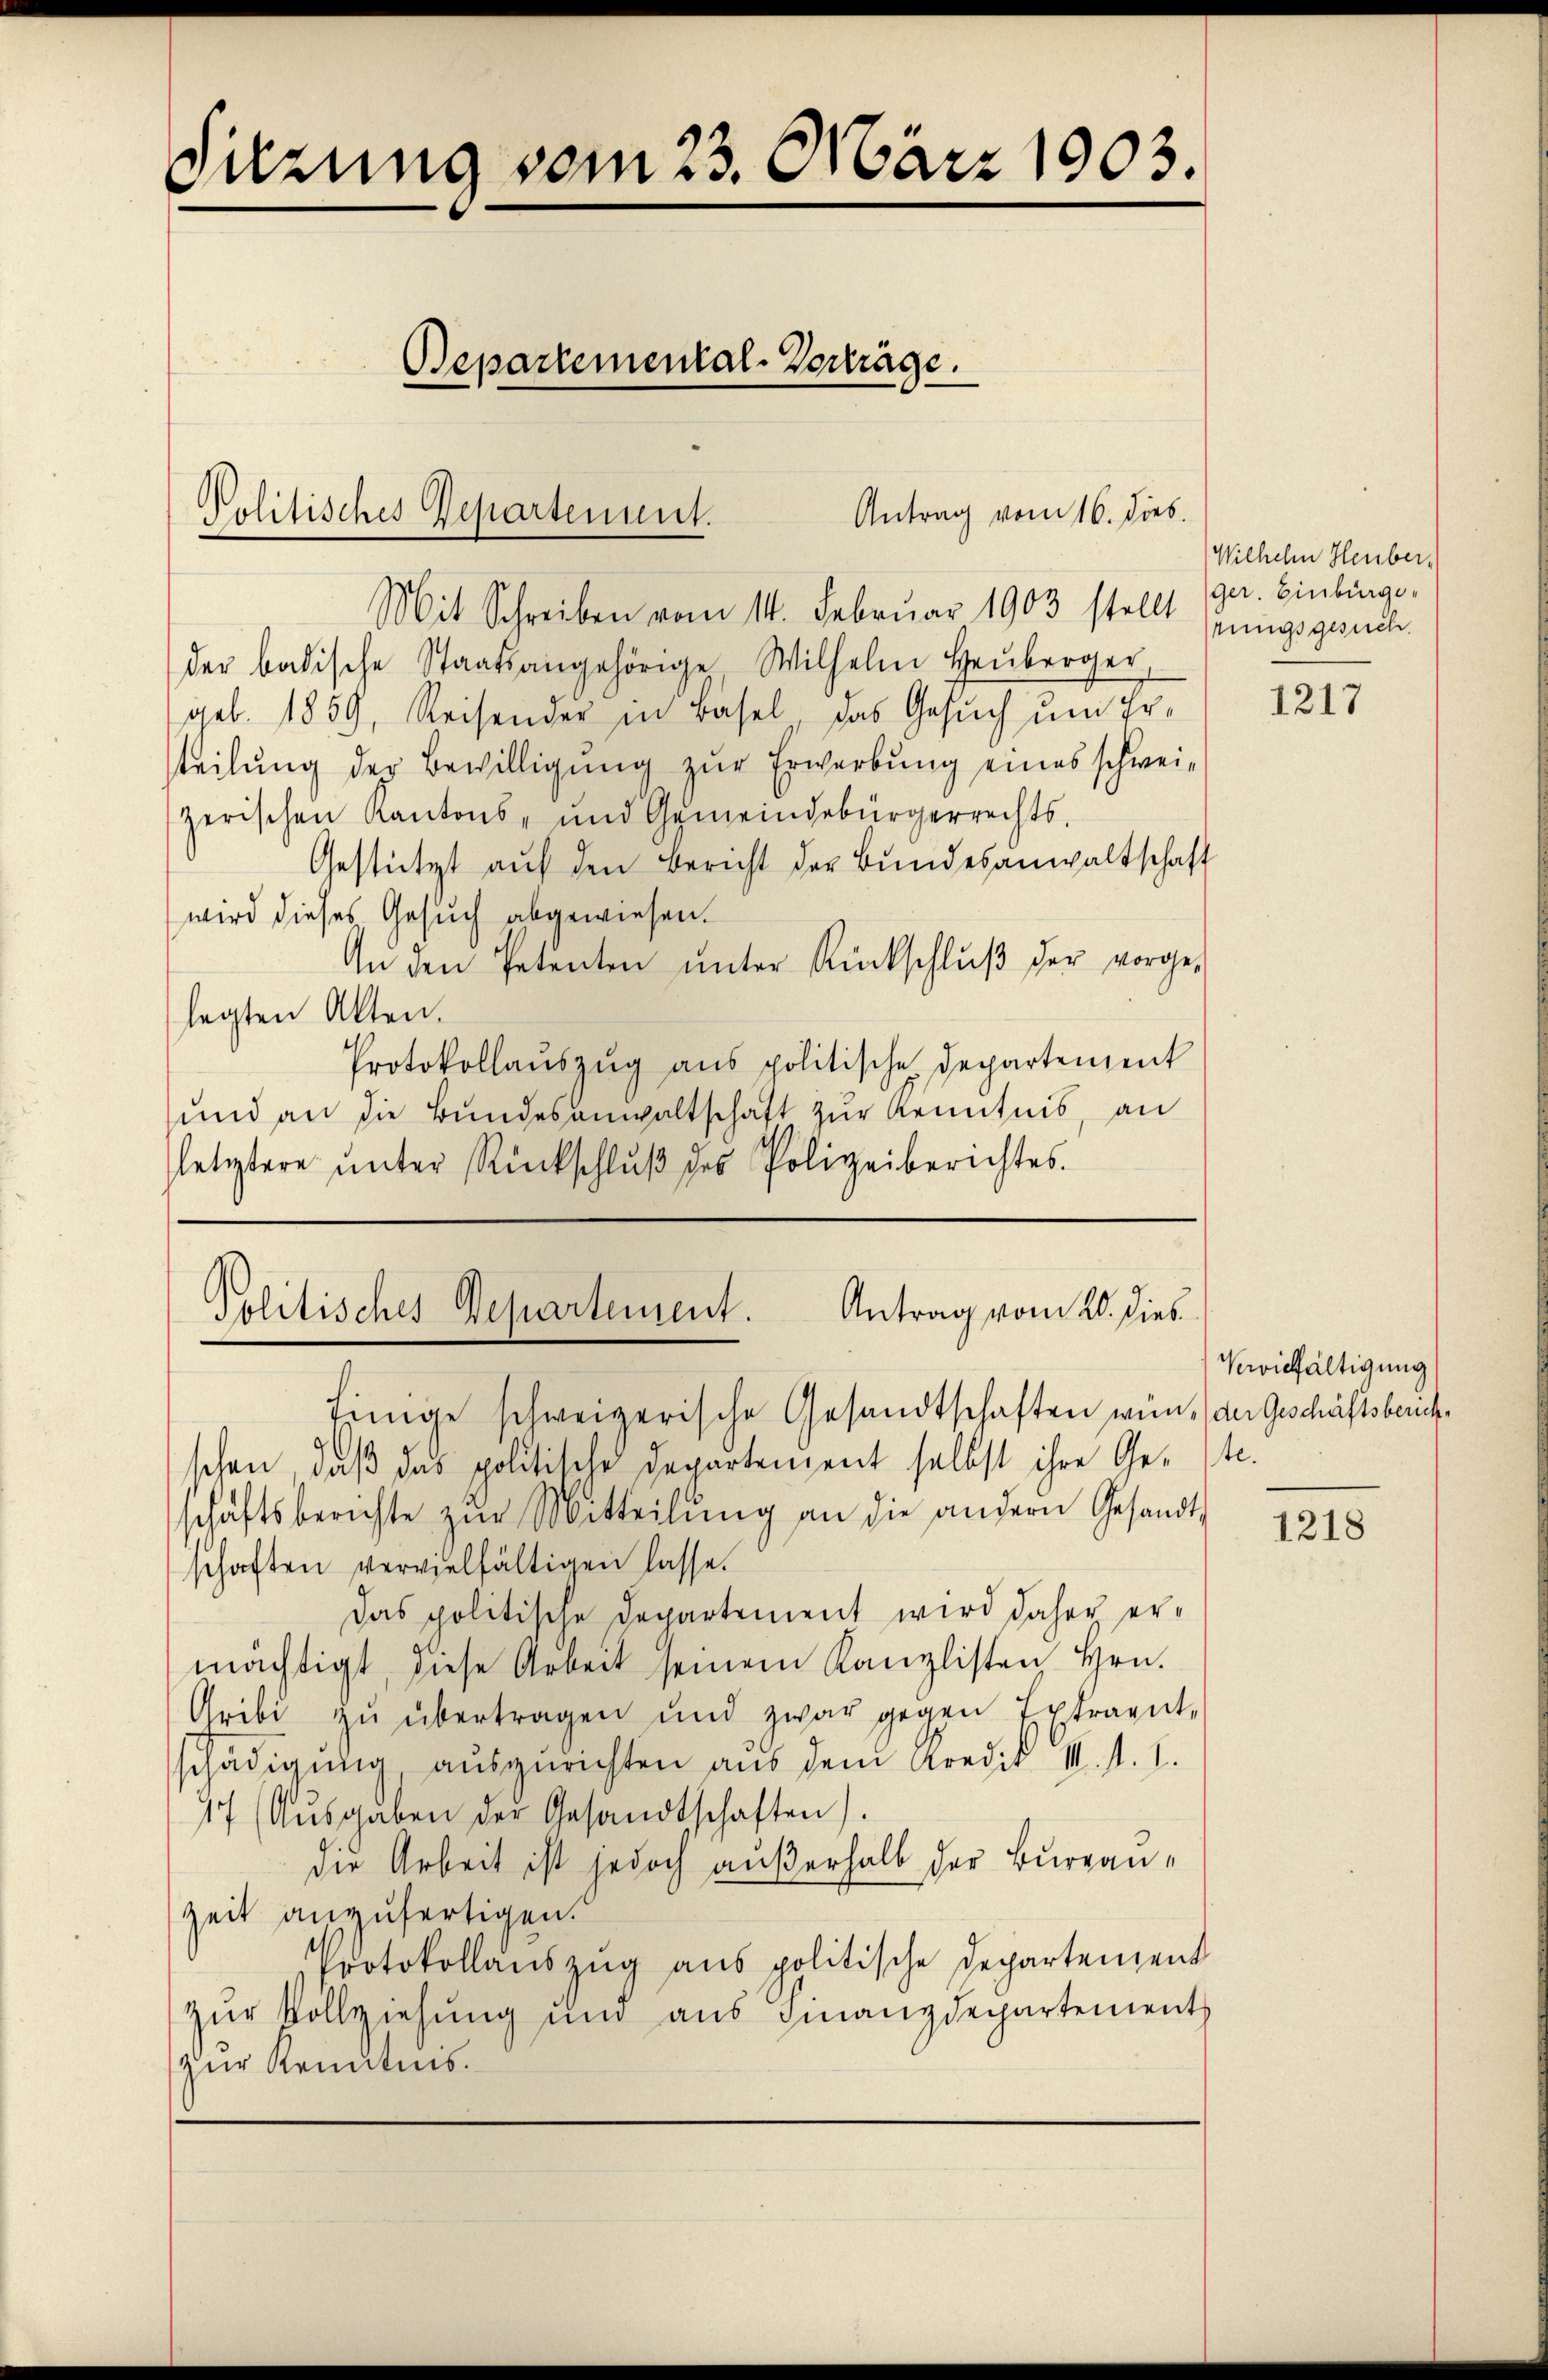
Sitzung vom 23. März 1903.

Bepartemental-Vorträge.

Antrag vom 16. dies
Politisches Departement.

Mit Schreiben vom 14. Februar 1903 stellt sinngszeich
der badische Staatsangehörige Wilhelm Heuberger,
geb. 1859, Reisender in Basel, das Gesuch um Erteilung der Bewilligung zur Erwerbung eines schweizerischen Kantons- und Gemeindebürgerrechts-
Gestützt aŭf den Bericht der Bŭndesanwaltschaft
wird dieses Gesuch abgewiesen.
An den Petenten ŭnter Rückschlŭβ der vorge-
legten Akten.
Protokollauszug aus politische Departement
und an die Bundesanwaltschaft zur Kenntnis, an
letztere unter Rückschluß des Polizeiberichtes.

Antrag vom 20. dies
Politisches Departement.

finge schweizerische Gesandtschaften wün, der Geschäftsbeuch¬

Wilhelm Heuber,
ger. Einbürger

schen, daß das politische Departement selbst ihre Ge- ste
schäftsberichte zŭr Mitteilŭng an die andern Gesandt
schaften vervielfältigen lasse.
Das politische Departement wird daher er-
mächtigt, diese Arbeit seinem Kanzlisten Hrn.
Gribi zŭ übertragen und zwar gegen Extraent-
schädigung, ausgerichten aus dem Kredit III. d. 1.
17 (Ausgaben der Gesandtschaften).
die Arbeit ist jedoch außerhalb der Bureau¬
Zeit anzufertigen.
Protokollauszug aus politische Departement
zur Vollziehung und aus Finanzdepartements
zur Kennens.

1217

Vewillfältigung

1218